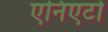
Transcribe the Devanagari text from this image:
एनिएर्टो